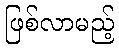
ဖြစ်လာမည့်